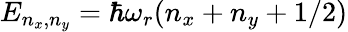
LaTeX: E_{n_{x},n_{y}}=\hbar\omega_{r}(n_{x}+n_{y}+1/2)